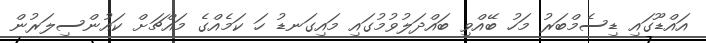
އައްޑޫގައި ޑިސެމްބަރު މަހު ބޭއްވި ބައްދަލުވުމުގައި މައިގަނޑު ހަ ކަމެއްގެ މައްޗަށް ކައުންސިލަރުން